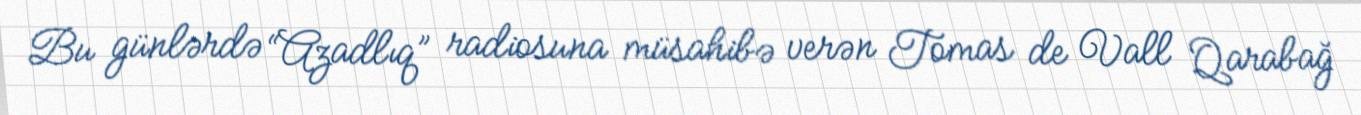
Bu günlərdə “Azadlıq” radiosuna müsahibə verən Tomas de Vall Qarabağ